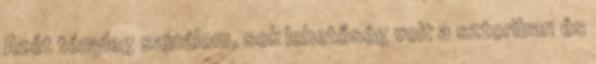
Azét tényleg sajnálom, sok lehetőség volt a sztoriban és